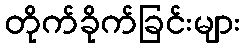
တိုက်ခိုက်ခြင်းများ